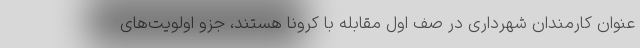
عنوان کارمندان شهرداری در صف اول مقابله با کرونا هستند، جزو اولویت‌های